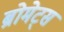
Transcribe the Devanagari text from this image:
ब्रोमेट्स